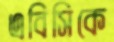
এবিসিকে